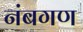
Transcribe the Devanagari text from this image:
नंबगण